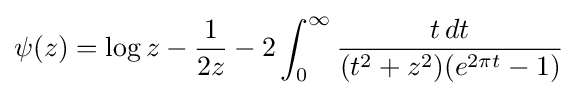
\psi (z)=\log z-{\frac {1}{2z}}-2\int _{0}^{\infty }{\frac {t\,dt}{(t^{2}+z^{2})(e^{2\pi t}-1)}}